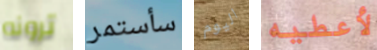
ترونه سأستمر اليوم لأعطيه